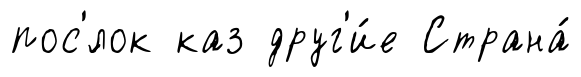
пос'́лок каз друг'и́е Страна́